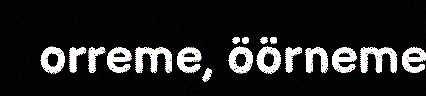
orreme, öörneme